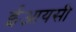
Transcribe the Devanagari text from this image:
ईआयसी